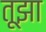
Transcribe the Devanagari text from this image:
तूझा